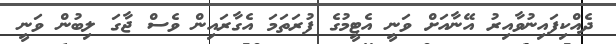
ދެއްކިފައިނުވާއިރު އޭނާއަށް ވަނީ އެޓީމުގެ ފުރަތަމަ އެގާރައިން ވެސް ޖާގަ ލިބުން ވަނީ